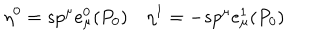
\eta ^ { 0 } = s p ^ { \mu } e _ { \mu } ^ { 0 } ( P _ { 0 } ) \eta ^ { 1 } = - s p ^ { \mu } e _ { \mu } ^ { 1 } ( P _ { 0 } )